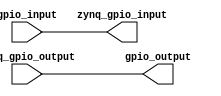
`timescale 1ns / 1ps
//////////////////////////////////////////////////////////////////////////////////
// Company: 
// Engineer: 
// 
// Design Name: 
// Module Name: user_gpio
// Project Name: 
// Target Devices: 
// Tool Versions: 
// Description: 
// 
// Dependencies: 
// 
// Revision:
// Revision 0.01 - File Created
// Additional Comments:
// 
//////////////////////////////////////////////////////////////////////////////////


module user_gpio(
                input wire gpio_input,//from fpga pin
                output wire [3:0]gpio_output,//to  fpga pin
                output wire zynq_gpio_input,//to zynq read
                input wire [3:0]zynq_gpio_output//from zynq write
                );
assign     zynq_gpio_input=      gpio_input;
assign     gpio_output[3:0]=zynq_gpio_output[3:0];  
endmodule